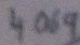
Text: 4069